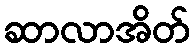
ဆာလာအိတ်